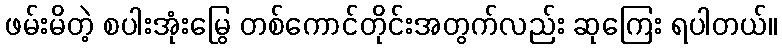
ဖမ်းမိတဲ့ စပါးအုံးမြွေ တစ်ကောင်တိုင်းအတွက်လည်း ဆုကြေး ရပါတယ်။